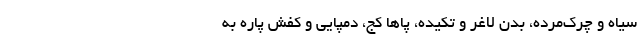
سیاه و چرک‌مُرده، بدن لاغر و تکیده، پاها کج، دمپایی و کفش پاره به